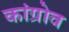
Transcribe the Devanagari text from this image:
कांग्रोव